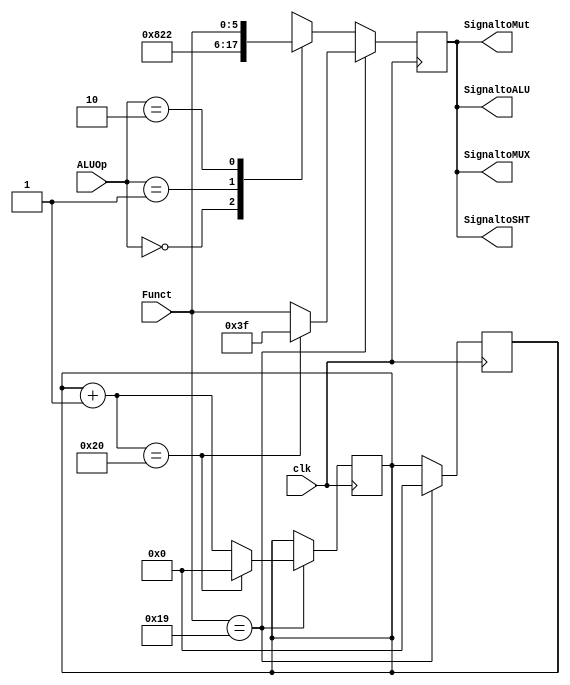
/*
	Title:	ALU Control Unit
	Author: Garfield (Computer System and Architecture Lab, ICE, CYCU)
	Input Port
		1. ALUOp: alu+-
		2. Funct: 6
	Output Port
		1. ALUOperation: 
*/

module alu_ctl( clk, ALUOp, Funct, SignaltoALU, SignaltoSHT,  SignaltoMut, SignaltoMUX );
    input clk;
    input [1:0] ALUOp;
    input [5:0] Funct;
    reg   [5:0] ALUOperation;
    reg [6:0] counter ;
    output [5:0] SignaltoALU ;
    output [5:0] SignaltoSHT ;
    output [5:0] SignaltoMUX ;
    output [5:0] SignaltoMut ;

    // symbolic constants for instruction function code
    parameter F_add = 6'd32;
    parameter F_sub = 6'd34;
    parameter F_andi = 6'd12;
    parameter F_or  = 6'd37;
    parameter F_slt = 6'd42;
	parameter F_multu =  6'd25;
	parameter F_mfhi =  6'd16;
	parameter F_mflo =  6'd18;



always@( posedge clk )


	begin
	  if ( Funct == F_multu )
	  begin
		counter = 0 ;
	  end
	/*
	 counter0
*/
end

	always@( posedge clk )
	begin
	  ALUOperation =  Funct;
	  if ( Funct == F_multu )
	  begin
		counter = counter + 1 ;
		if ( counter == 32 )
		begin
		  ALUOperation = 6'b111111 ; // Open HiLo reg for MUL
		  counter = 0 ;
		end
      end else begin
        case (ALUOp)
            2'b00: ALUOperation = F_add;
            2'b01: ALUOperation = F_sub;
			2'b10: ALUOperation = Funct;
			default ALUOperation = 6'bxxxxxx;
        endcase
      end
	/*
	32clkHiLo
	*/
	end

	assign SignaltoALU = ALUOperation ;
	assign SignaltoSHT = ALUOperation ;
	assign SignaltoMut = ALUOperation ;
	assign SignaltoMUX = ALUOperation ;

endmodule